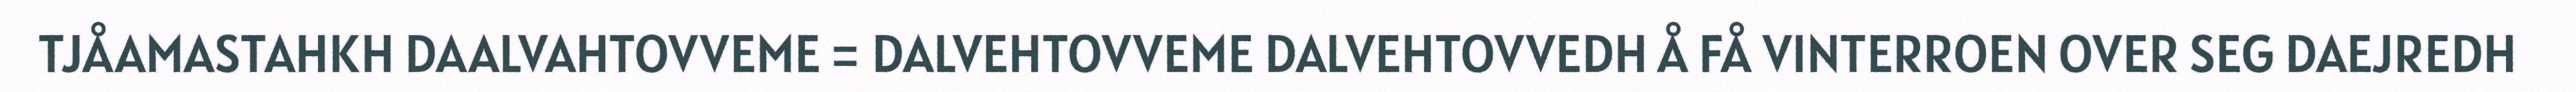
TJÅAMASTAHKH DAALVAHTOVVEME = DALVEHTOVVEME DALVEHTOVVEDH Å FÅ VINTERROEN OVER SEG DAEJREDH